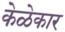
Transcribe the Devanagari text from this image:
केळेकार